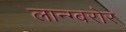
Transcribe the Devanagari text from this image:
लान्ग्बरोर